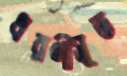
ধরণীসূত